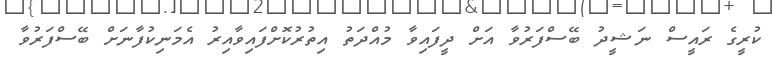
ކުރީގެ ރައީސް ނަޝީދު ބޭސްފަރުވާ އަށް ދީފައިވާ މުއްދަތު އިތުރުކޮށްފައިވާއިރު އެމަނިކުފާނަށް ބޭސްފަރުވާ